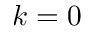
k = 0